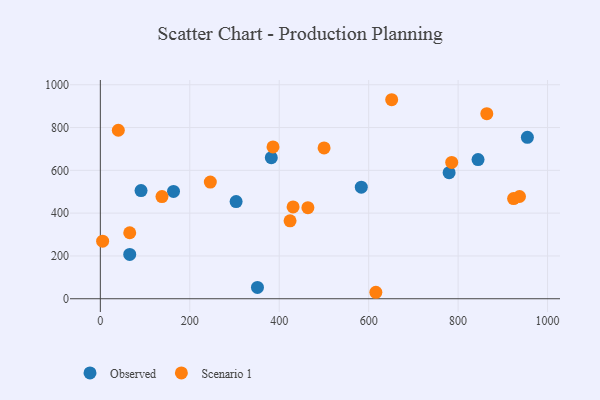
{"axis": {"x": "Study Hours", "y": "Fuel Efficiency"}, "legend": ["Observed", "Scenario 1"], "data": [{"x": "583.5", "y": 521.5, "type": "Observed"}, {"x": "65.7", "y": 206.9, "type": "Observed"}, {"x": "163.6", "y": 501.6, "type": "Observed"}, {"x": "954.9", "y": 754.1, "type": "Observed"}, {"x": "91.0", "y": 505.5, "type": "Observed"}, {"x": "779.9", "y": 589.2, "type": "Observed"}, {"x": "844.6", "y": 650.5, "type": "Observed"}, {"x": "303.6", "y": 454.0, "type": "Observed"}, {"x": "382.3", "y": 659.1, "type": "Observed"}, {"x": "351.3", "y": 52.9, "type": "Observed"}, {"x": "864.2", "y": 864.6, "type": "Scenario 1"}, {"x": "424.2", "y": 364.0, "type": "Scenario 1"}, {"x": "785.7", "y": 636.8, "type": "Scenario 1"}, {"x": "937.3", "y": 477.8, "type": "Scenario 1"}, {"x": "137.8", "y": 477.5, "type": "Scenario 1"}, {"x": "464.1", "y": 425.5, "type": "Scenario 1"}, {"x": "924.1", "y": 468.1, "type": "Scenario 1"}, {"x": "616.1", "y": 30.2, "type": "Scenario 1"}, {"x": "431.0", "y": 429.2, "type": "Scenario 1"}, {"x": "651.5", "y": 930.0, "type": "Scenario 1"}, {"x": "500.3", "y": 704.7, "type": "Scenario 1"}, {"x": "40.2", "y": 787.3, "type": "Scenario 1"}, {"x": "5.1", "y": 268.8, "type": "Scenario 1"}, {"x": "386.1", "y": 709.3, "type": "Scenario 1"}, {"x": "245.9", "y": 545.2, "type": "Scenario 1"}, {"x": "65.7", "y": 308.4, "type": "Scenario 1"}]}